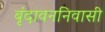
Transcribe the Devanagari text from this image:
बृंदावननिवासी